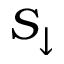
S _ { \downarrow }